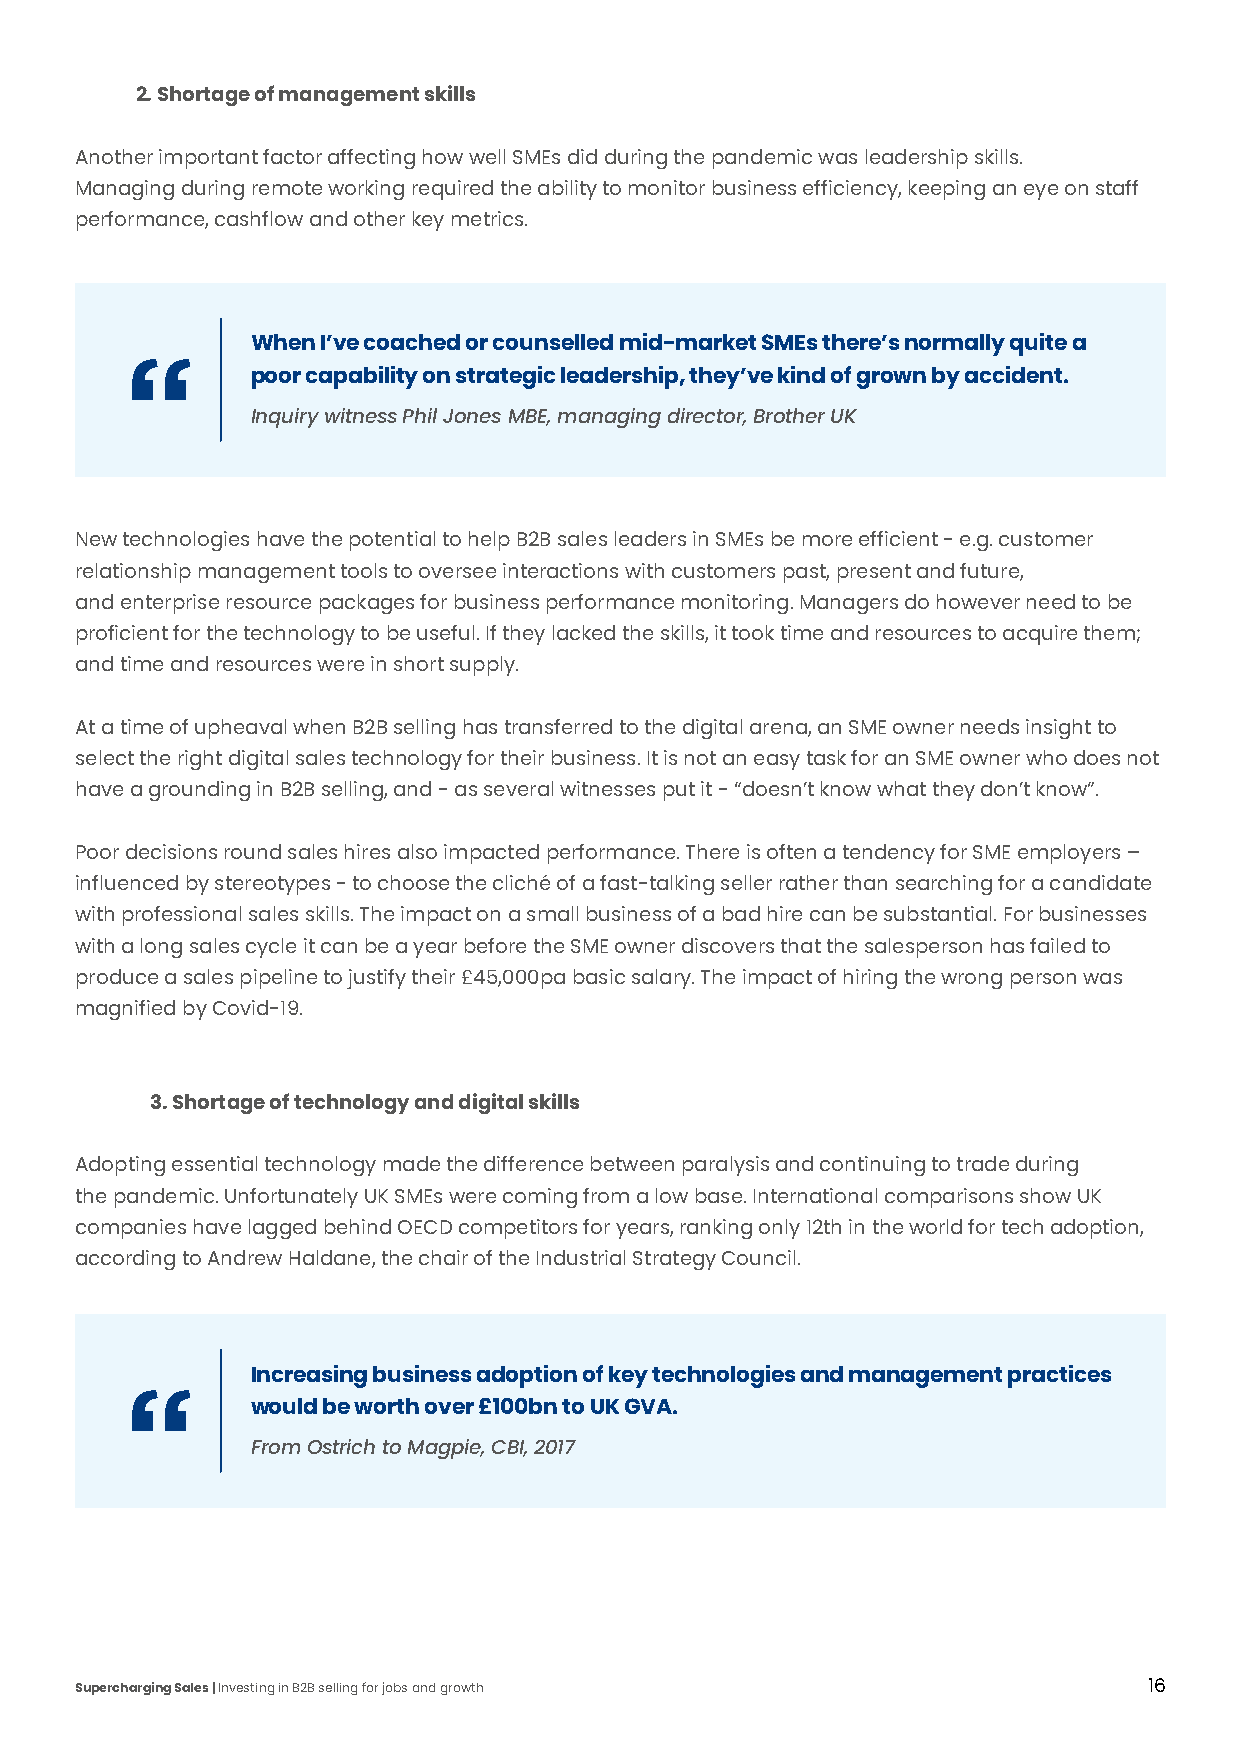
2. Shortage of management skills
 Another important factor affecting how well SMEs did during the pandemic was leadership skills.
 Managing during remote working required the ability to monitor business efficiency, keeping an eye on staff
 performance, cashflow and other key metrics.
 When I’ve coached or counselled mid-market SMEs there’s normally quite a
 poor capability on strategic leadership, they’ve kind of grown by accident.
 Inquiry witness Phil Jones MBE, managing director, Brother UK
 New technologies have the potential to help B2B sales leaders in SMEs be more efficient - e.g. customer
 relationship management tools to oversee interactions with customers past, present and future,
 and enterprise resource packages for business performance monitoring. Managers do however need to be
 proficient for the technology to be useful. If they lacked the skills, it took time and resources to acquire them;
 and time and resources were in short supply.
 At a time of upheaval when B2B selling has transferred to the digital arena, an SME owner needs insight to
 select the right digital sales technology for their business. It is not an easy task for an SME owner who does not
 have a grounding in B2B selling, and - as several witnesses put it - “doesn’t know what they don’t know”.
 Poor decisions round sales hires also impacted performance. There is often a tendency for SME employers –
 influenced by stereotypes - to choose the cliché of a fast-talking seller rather than searching for a candidate
 with professional sales skills. The impact on a small business of a bad hire can be substantial. For businesses
 with a long sales cycle it can be a year before the SME owner discovers that the salesperson has failed to
 produce a sales pipeline to justify their £45,000pa basic salary. The impact of hiring the wrong person was
 magnified by Covid-19.
 3. Shortage of technology and digital skills
 Adopting essential technology made the difference between paralysis and continuing to trade during
 the pandemic. Unfortunately UK SMEs were coming from a low base. International comparisons show UK
 companies have lagged behind OECD competitors for years, ranking only 12th in the world for tech adoption,
 according to Andrew Haldane, the chair of the Industrial Strategy Council.
 Increasing business adoption of key technologies and management practices
 would be worth over £100bn to UK GVA.
 From Ostrich to Magpie, CBI, 2017
 Supercharging Sales | Investing in B2B selling for jobs and growth     16